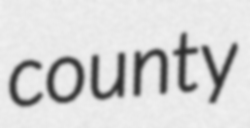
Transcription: county